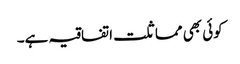
کوئی بھی مماثلت اتفاقیہ ہے۔